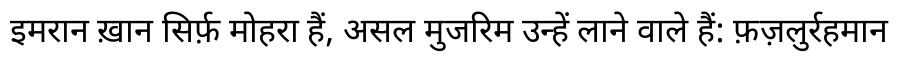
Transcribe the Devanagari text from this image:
इमरान ख़ान सिर्फ़ मोहरा हैं, असल मुजरिम उन्हें लाने वाले हैं: फ़ज़लुर्रहमान